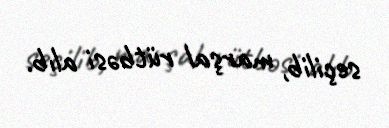
seçilib, marşal rütbəsi alıb.